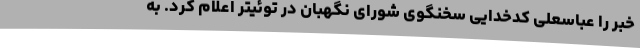
خبر را عباسعلی کدخدایی سخنگوی شورای نگهبان در توئیتر اعلام کرد. به